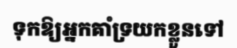
ទុកឱ្យអ្នកគាំទ្រយកខ្លួនទៅ